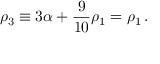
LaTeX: \rho _ { 3 } \equiv 3 \alpha + { \frac { 9 } { 1 0 } } \rho _ { 1 } = \rho _ { 1 } \, .